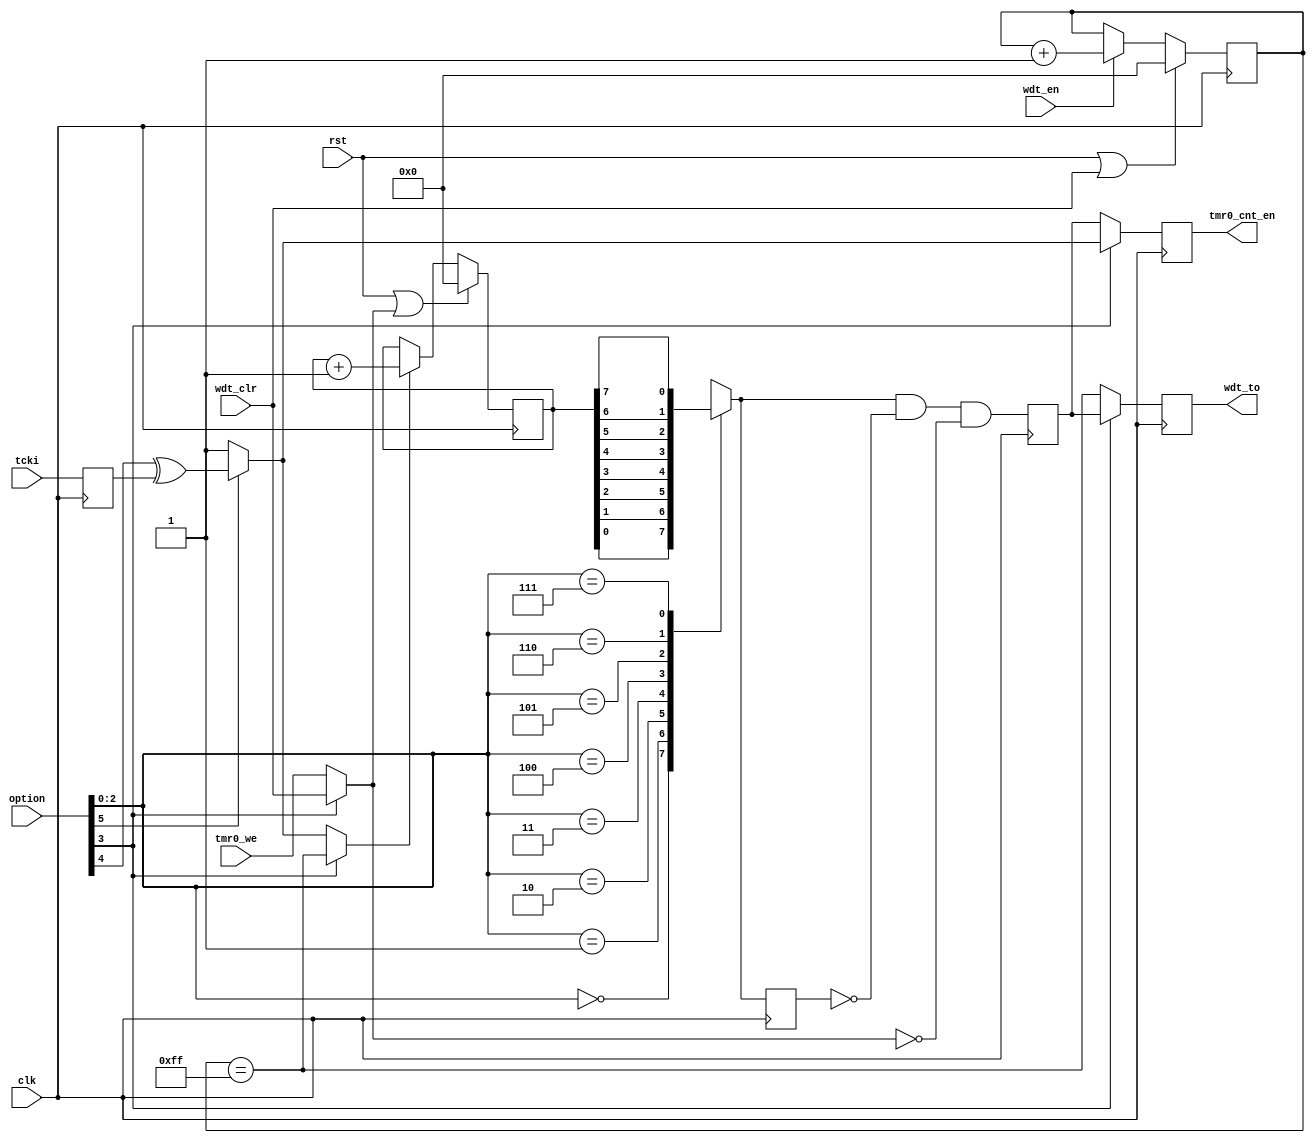
/////////////////////////////////////////////////////////////////////
////                                                             ////
////  Mini-RISC-1                                                ////
////  Prescaler and Wachdog Counter                              ////
////                                                             ////
////                                                             ////
////          rudi@asics.ws                                      ////
////                                                             ////
////                                                             ////
////  D/L from: http://www.opencores.org/cores/minirisc/         ////
////                                                             ////
/////////////////////////////////////////////////////////////////////
////                                                             ////
//// Copyright (C) 2000-2002 Rudolf Usselmann                    ////
////                         www.asics.ws                        ////
////                         rudi@asics.ws                       ////
////                                                             ////
//// This source file may be used and distributed without        ////
//// restriction provided that this copyright statement is not   ////
//// removed from the file and that any derivative work contains ////
//// the original copyright notice and the associated disclaimer.////
////                                                             ////
////     THIS SOFTWARE IS PROVIDED ``AS IS'' AND WITHOUT ANY     ////
//// EXPRESS OR IMPLIED WARRANTIES, INCLUDING, BUT NOT LIMITED   ////
//// TO, THE IMPLIED WARRANTIES OF MERCHANTABILITY AND FITNESS   ////
//// FOR A PARTICULAR PURPOSE. IN NO EVENT SHALL THE AUTHOR      ////
//// OR CONTRIBUTORS BE LIABLE FOR ANY DIRECT, INDIRECT,         ////
//// INCIDENTAL, SPECIAL, EXEMPLARY, OR CONSEQUENTIAL DAMAGES    ////
//// (INCLUDING, BUT NOT LIMITED TO, PROCUREMENT OF SUBSTITUTE   ////
//// GOODS OR SERVICES; LOSS OF USE, DATA, OR PROFITS; OR        ////
//// BUSINESS INTERRUPTION) HOWEVER CAUSED AND ON ANY THEORY OF  ////
//// LIABILITY, WHETHER IN  CONTRACT, STRICT LIABILITY, OR TORT  ////
//// (INCLUDING NEGLIGENCE OR OTHERWISE) ARISING IN ANY WAY OUT  ////
//// OF THE USE OF THIS SOFTWARE, EVEN IF ADVISED OF THE         ////
//// POSSIBILITY OF SUCH DAMAGE.                                 ////
////                                                             ////
/////////////////////////////////////////////////////////////////////

//  CVS Log
//
//  $Id: presclr_wdt.v,v 1.2 2002/09/27 15:35:40 rudi Exp $
//
//  $Date: 2002/09/27 15:35:40 $
//  $Revision: 1.2 $
//  $Author: rudi $
//  $Locker:  $
//  $State: Exp $
//
// Change History:
//               $Log: presclr_wdt.v,v $
//               Revision 1.2  2002/09/27 15:35:40  rudi
//               Minor update to newer devices ...
//
//
//
//
//
//
//
//
//
//
//


`timescale 1ns / 10ps

// Prescaler and Wachdog Counter
module presclr_wdt(clk, rst, tcki, option, tmr0_we, tmr0_cnt_en, wdt_en, wdt_clr, wdt_to);
input		clk;
input		rst;
input		tcki;
input	[5:0]	option;
input		tmr0_we;
output		tmr0_cnt_en;
input		wdt_en, wdt_clr;
output		wdt_to;


reg	[7:0]	prescaler;
reg	[7:0]	wdt;
reg		tmr0_cnt_en;
reg		tcki_r;
reg		wdt_to;
wire		tose;
wire		tosc;
wire		psa;
wire	[2:0]	ps;
wire		tcki_a, tcki_b;
wire		presclr_ce;
wire		prsclr_clr;
wire		wdt_to_direct;
reg		presclr_out, presclr_out_r1;
reg		presclr_out_next;
wire	[7:0]	presclr_plus_1, wdt_plus_1;
wire	[7:0]	prescaler_next, prescaler_next1;
wire	[7:0]	wdt_next, wdt_next1;

// Inputs select
assign	ps = option[2:0];
assign	psa = option[3];
assign	tose = option[4];
assign	tosc = option[5];

always @(posedge clk)
	tcki_r <= #1 tcki;

assign  tcki_a = tose ^ tcki_r;
assign	tcki_b = tosc ? tcki_a : 1'b1;
assign	presclr_ce = psa ? wdt_to_direct : tcki_b;

always @(posedge clk)
	tmr0_cnt_en <= #1 psa ? tcki_b : presclr_out;

// Prescaler
assign	prsclr_clr = psa ? wdt_clr : tmr0_we;

always @(posedge clk)
	if(rst | prsclr_clr)	prescaler <= #1 8'h00;
	else
	if(presclr_ce)		prescaler <= #1 prescaler + 8'h01;

always @(ps or prescaler)
	case(ps)
	   3'd0:	presclr_out_next = prescaler[0];
	   3'd1:	presclr_out_next = prescaler[1];
	   3'd2:	presclr_out_next = prescaler[2];
	   3'd3:	presclr_out_next = prescaler[3];
	   3'd4:	presclr_out_next = prescaler[4];
	   3'd5:	presclr_out_next = prescaler[5];
	   3'd6:	presclr_out_next = prescaler[6];
	   3'd7:	presclr_out_next = prescaler[7];
	endcase

always @(posedge clk)
	presclr_out_r1 <= #1 presclr_out_next;

always @(posedge clk)	// Edge detector for prescaler output
	presclr_out <= #1 presclr_out_next & ~presclr_out_r1 & ~prsclr_clr;

// Wachdog timer
always @(posedge clk)
	wdt_to <= #1 psa ? presclr_out : wdt_to_direct;

always @(posedge clk)
	if(rst | wdt_clr)	wdt <= #1 8'h00;
	else
	if(wdt_en)		wdt <= #1 wdt + 8'h01;	// wdt_plus_1;

assign	wdt_to_direct = (wdt == 8'hff);

endmodule